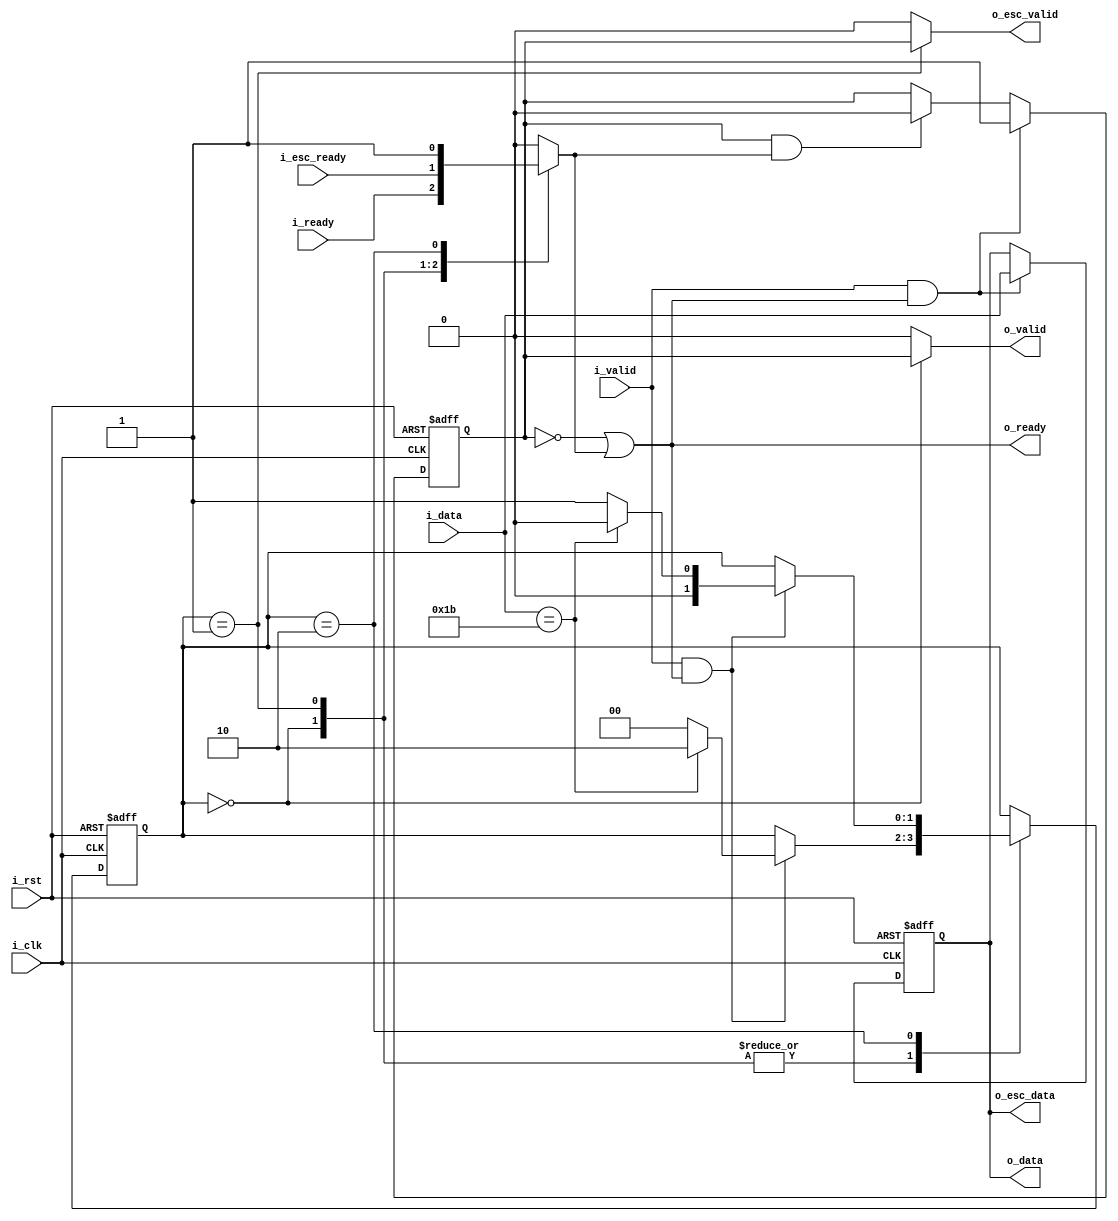
/*
 * Control Port Stream De-escaper
 *
 * Module passes through a byte stream, except that when it encounters
 * ESC_CHAR byte, it discards it and looks at the following byte:
 * - If it is ESC_CHAR, the byte is passed through
 * - If it is not ESC_CHAR, the byte is emitted via 'esc' stream
 */

module cpstr_desc #(
    parameter ESC_CHAR = 8'd27
) (
    input i_clk,
    input i_rst,
    //
    input [7:0] i_data,
    input i_valid,
    output o_ready,
    //
    output [7:0] o_data,
    output o_valid,
    input i_ready,
    //
    output [7:0] o_esc_data,
    output o_esc_valid,
    input i_esc_ready
);

    wire clk, rst;
    assign clk = i_clk;
    assign rst = i_rst;

    // Completion detection
    wire byte_recv;
    assign byte_recv = i_valid & o_ready;

    // 1-byte buffer
    reg [7:0] reg_data;
    reg reg_used;
    // output
    wire reg_ovalid = reg_used;
    reg reg_iready;
    // input
    assign o_ready = !reg_used || reg_iready;

    always @(posedge clk or posedge rst)
        if (rst) begin
            reg_data <= 8'd0;
            reg_used <= 1'b0;
        end else begin
            if (i_valid && o_ready) begin
                reg_data <= i_data;
                reg_used <= 1'b1;
            end else if (reg_ovalid && reg_iready)
                reg_used <= 1'b0;
        end

    // State machine
    reg [1:0] route;
    reg [1:0] route_next;

    localparam ROUTE_MAIN = 2'd0;
    localparam ROUTE_ESC = 2'd1;
    localparam ROUTE_DROP = 2'd2;

    always @(posedge clk or posedge rst)
        if (rst)
            route <= ROUTE_MAIN;
        else
            route <= route_next;

    always @(*) begin
        route_next = route;
        case (route)

        ROUTE_MAIN, ROUTE_ESC:
            if (byte_recv) begin
                if(i_data == ESC_CHAR)
                    route_next = ROUTE_DROP;
                else
                    route_next = ROUTE_MAIN;
            end

        ROUTE_DROP:
            if (byte_recv) begin
                if(i_data == ESC_CHAR)
                    route_next = ROUTE_MAIN;
                else
                    route_next = ROUTE_ESC;
            end

        endcase
    end

    // Stream routing
    reg main_valid;
    reg esc_valid;

    always @(*) begin
        main_valid = 1'b0;
        esc_valid = 1'b0;
        reg_iready = 1'b0;
        case(route)
        ROUTE_MAIN: begin
            main_valid = reg_ovalid;
            reg_iready = i_ready;
        end

        ROUTE_ESC: begin
            esc_valid = reg_ovalid;
            reg_iready = i_esc_ready;
        end

        ROUTE_DROP: begin
            reg_iready = 1'b1;
        end
        endcase
    end

    assign o_data = reg_data;
    assign o_valid = main_valid;
    assign o_esc_data = reg_data;
    assign o_esc_valid = esc_valid;

endmodule